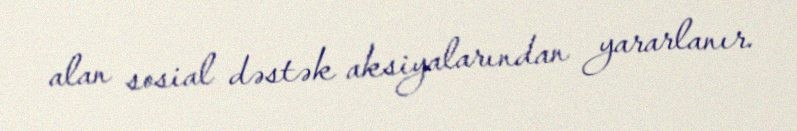
alan sosial dəstək aksiyalarından yararlanır.